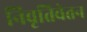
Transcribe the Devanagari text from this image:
निवृतिवेतन